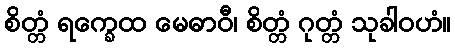
စိတ္တံ ရက္ခေထ မေဓာဝီ၊ စိတ္တံ ဂုတ္တံ သုခါဝဟံ။